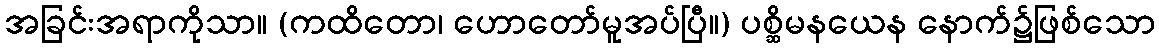
အခြင်းအရာကိုသာ။ (ကထိတော၊ ဟောတော်မူအပ်ပြီ။) ပစ္ဆိမနယေန နောက်၌ဖြစ်သော